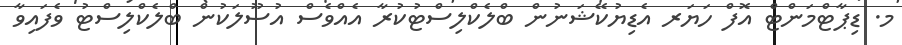
މ. ޑިޕާޓްމަންޓް އޮފް ހަޔަރ އެޑިޔުކޭޝަނުން ބްލެކްލިސްޓުކުރާ އެއްވެސް އުސޫލަކުން ބްލެކްލިސްޓު ވެފައިވާ